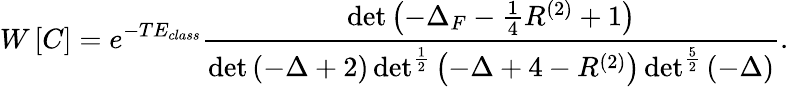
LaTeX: W\left[C\right]=e^{-TE_{class}}\frac{\operatorname*{det}\left(-\Delta_{F}-\frac{1}{4}R^{(2)}+1\right)}{\operatorname*{det}\left(-\Delta+2\right)\operatorname*{det}^{\frac{1}{2}}\left(-\Delta+4-R^{(2)}\right)\operatorname*{det}^{\frac{5}{2}}\left(-\Delta\right)}.